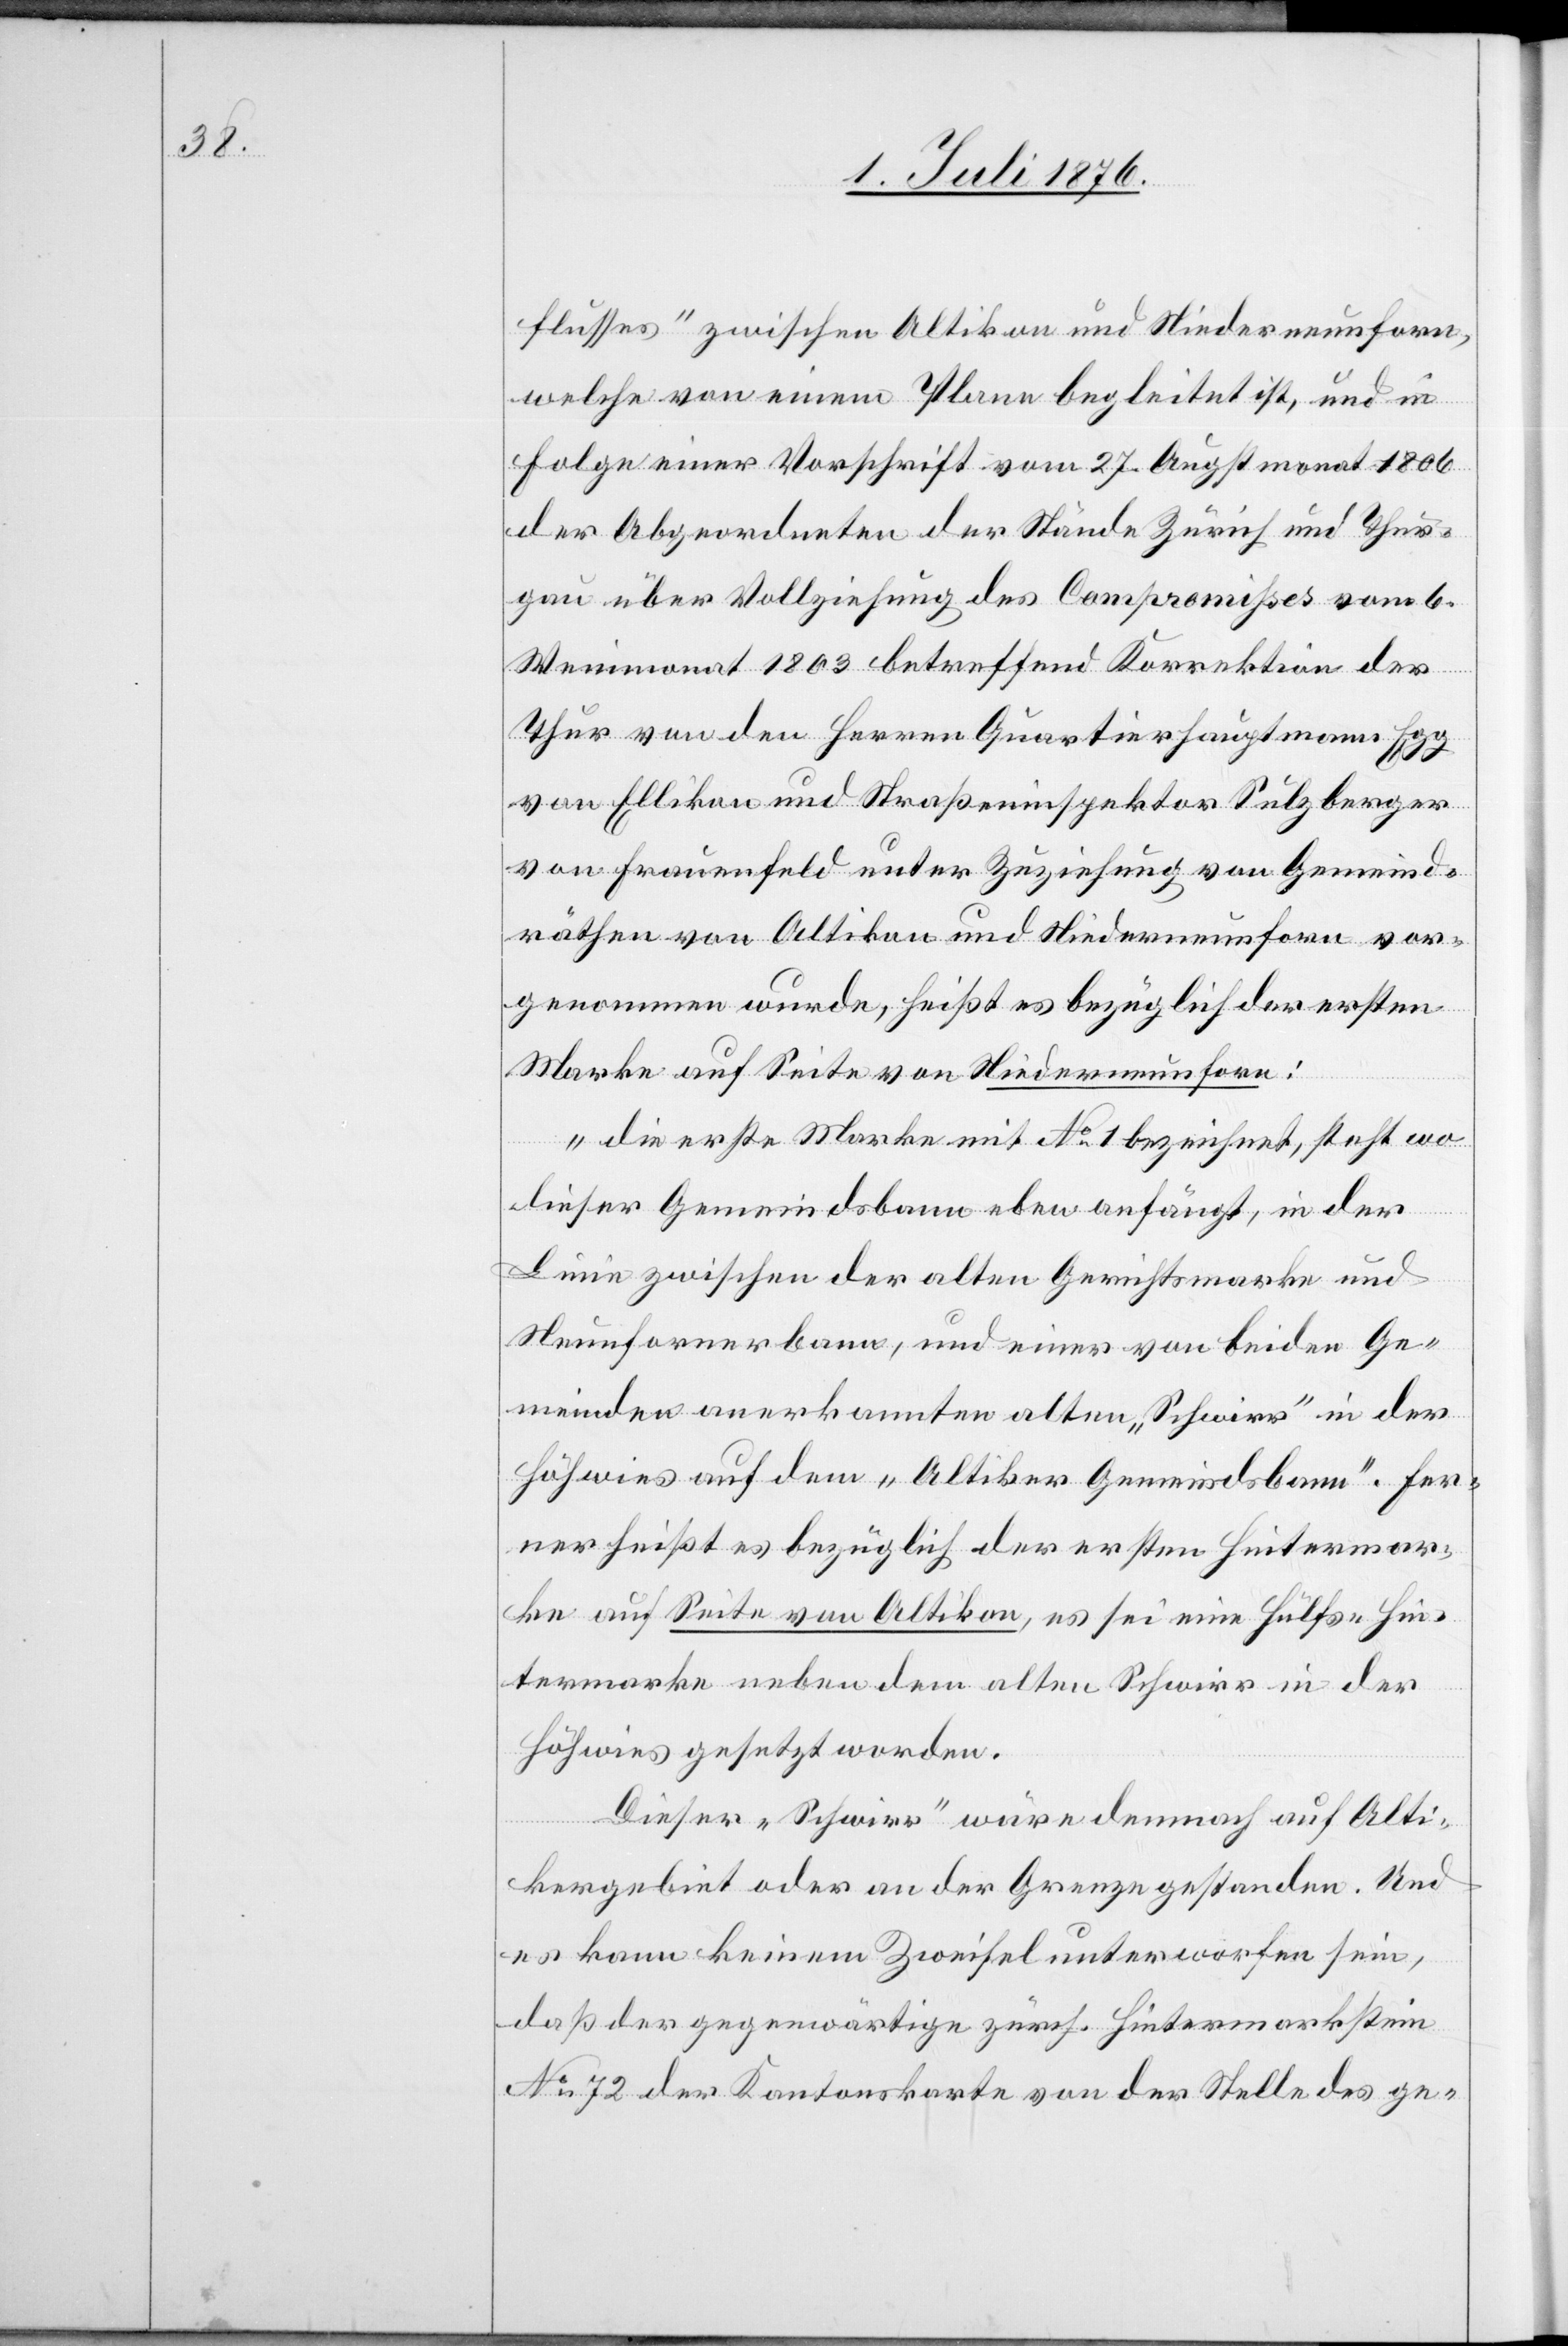
flusses“ zwischen Altikon und Niederneunforn,
welche von einem Plane begleitet ist, und in
Folge einer Vorschrift vom 27. Augstmonat 1806
der Abgeordneten der Stände Zürich und Thur¬
gau über Vollziehung des Compromisses vom 6.
Weinmonat 1803 betreffend Korrektion der
Thur von den Herren Quartierhauptmann Egg
von Ellikon und Straßeninspektor Sulzberger
von Frauenfeld unter Zuziehung von Gemeind¬
räthen von Altikon und Niederneunforn vor¬
genommen wurde, heißt es bezüglich der ersten
Marke auf Seite von Niederneunforn:
„die erste Marke mit No 1 bezeichnet, steht wo
dieser Gemeindsbann eben anfängt, in der
Linie zwischen der alten Gerichtsmarke und
Neunfornerbann, und einer von beiden Ge¬
meinden anerkannten alten „Schwirr“ in der
Höhwies auf dem „Altiker Gemeindsbann“. Fer¬
ner heißt es bezüglich der ersten Hintermar¬
ke auf Seite von Altikon, es sei eine Hülfs-Hin¬
termarke neben dem alten Schwirr in der
Höhwies gesetzt worden.
Dieser „Schwirr“ wäre demnach auf Alti¬
kergebiet oder an der Grenze gestanden. Und
es kann keinem Zweifel unterworfen sein,
daß der gegenwärtige zürch. Hintermarkstein
No 72 der Kantonskarte von der Stelle des ge-